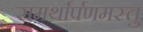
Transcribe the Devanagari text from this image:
समर्थार्पणमस्तु